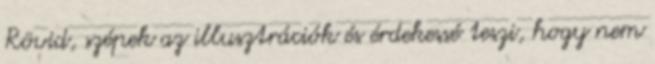
Rövid, szépek az illusztrációk és érdekessé teszi, hogy nem